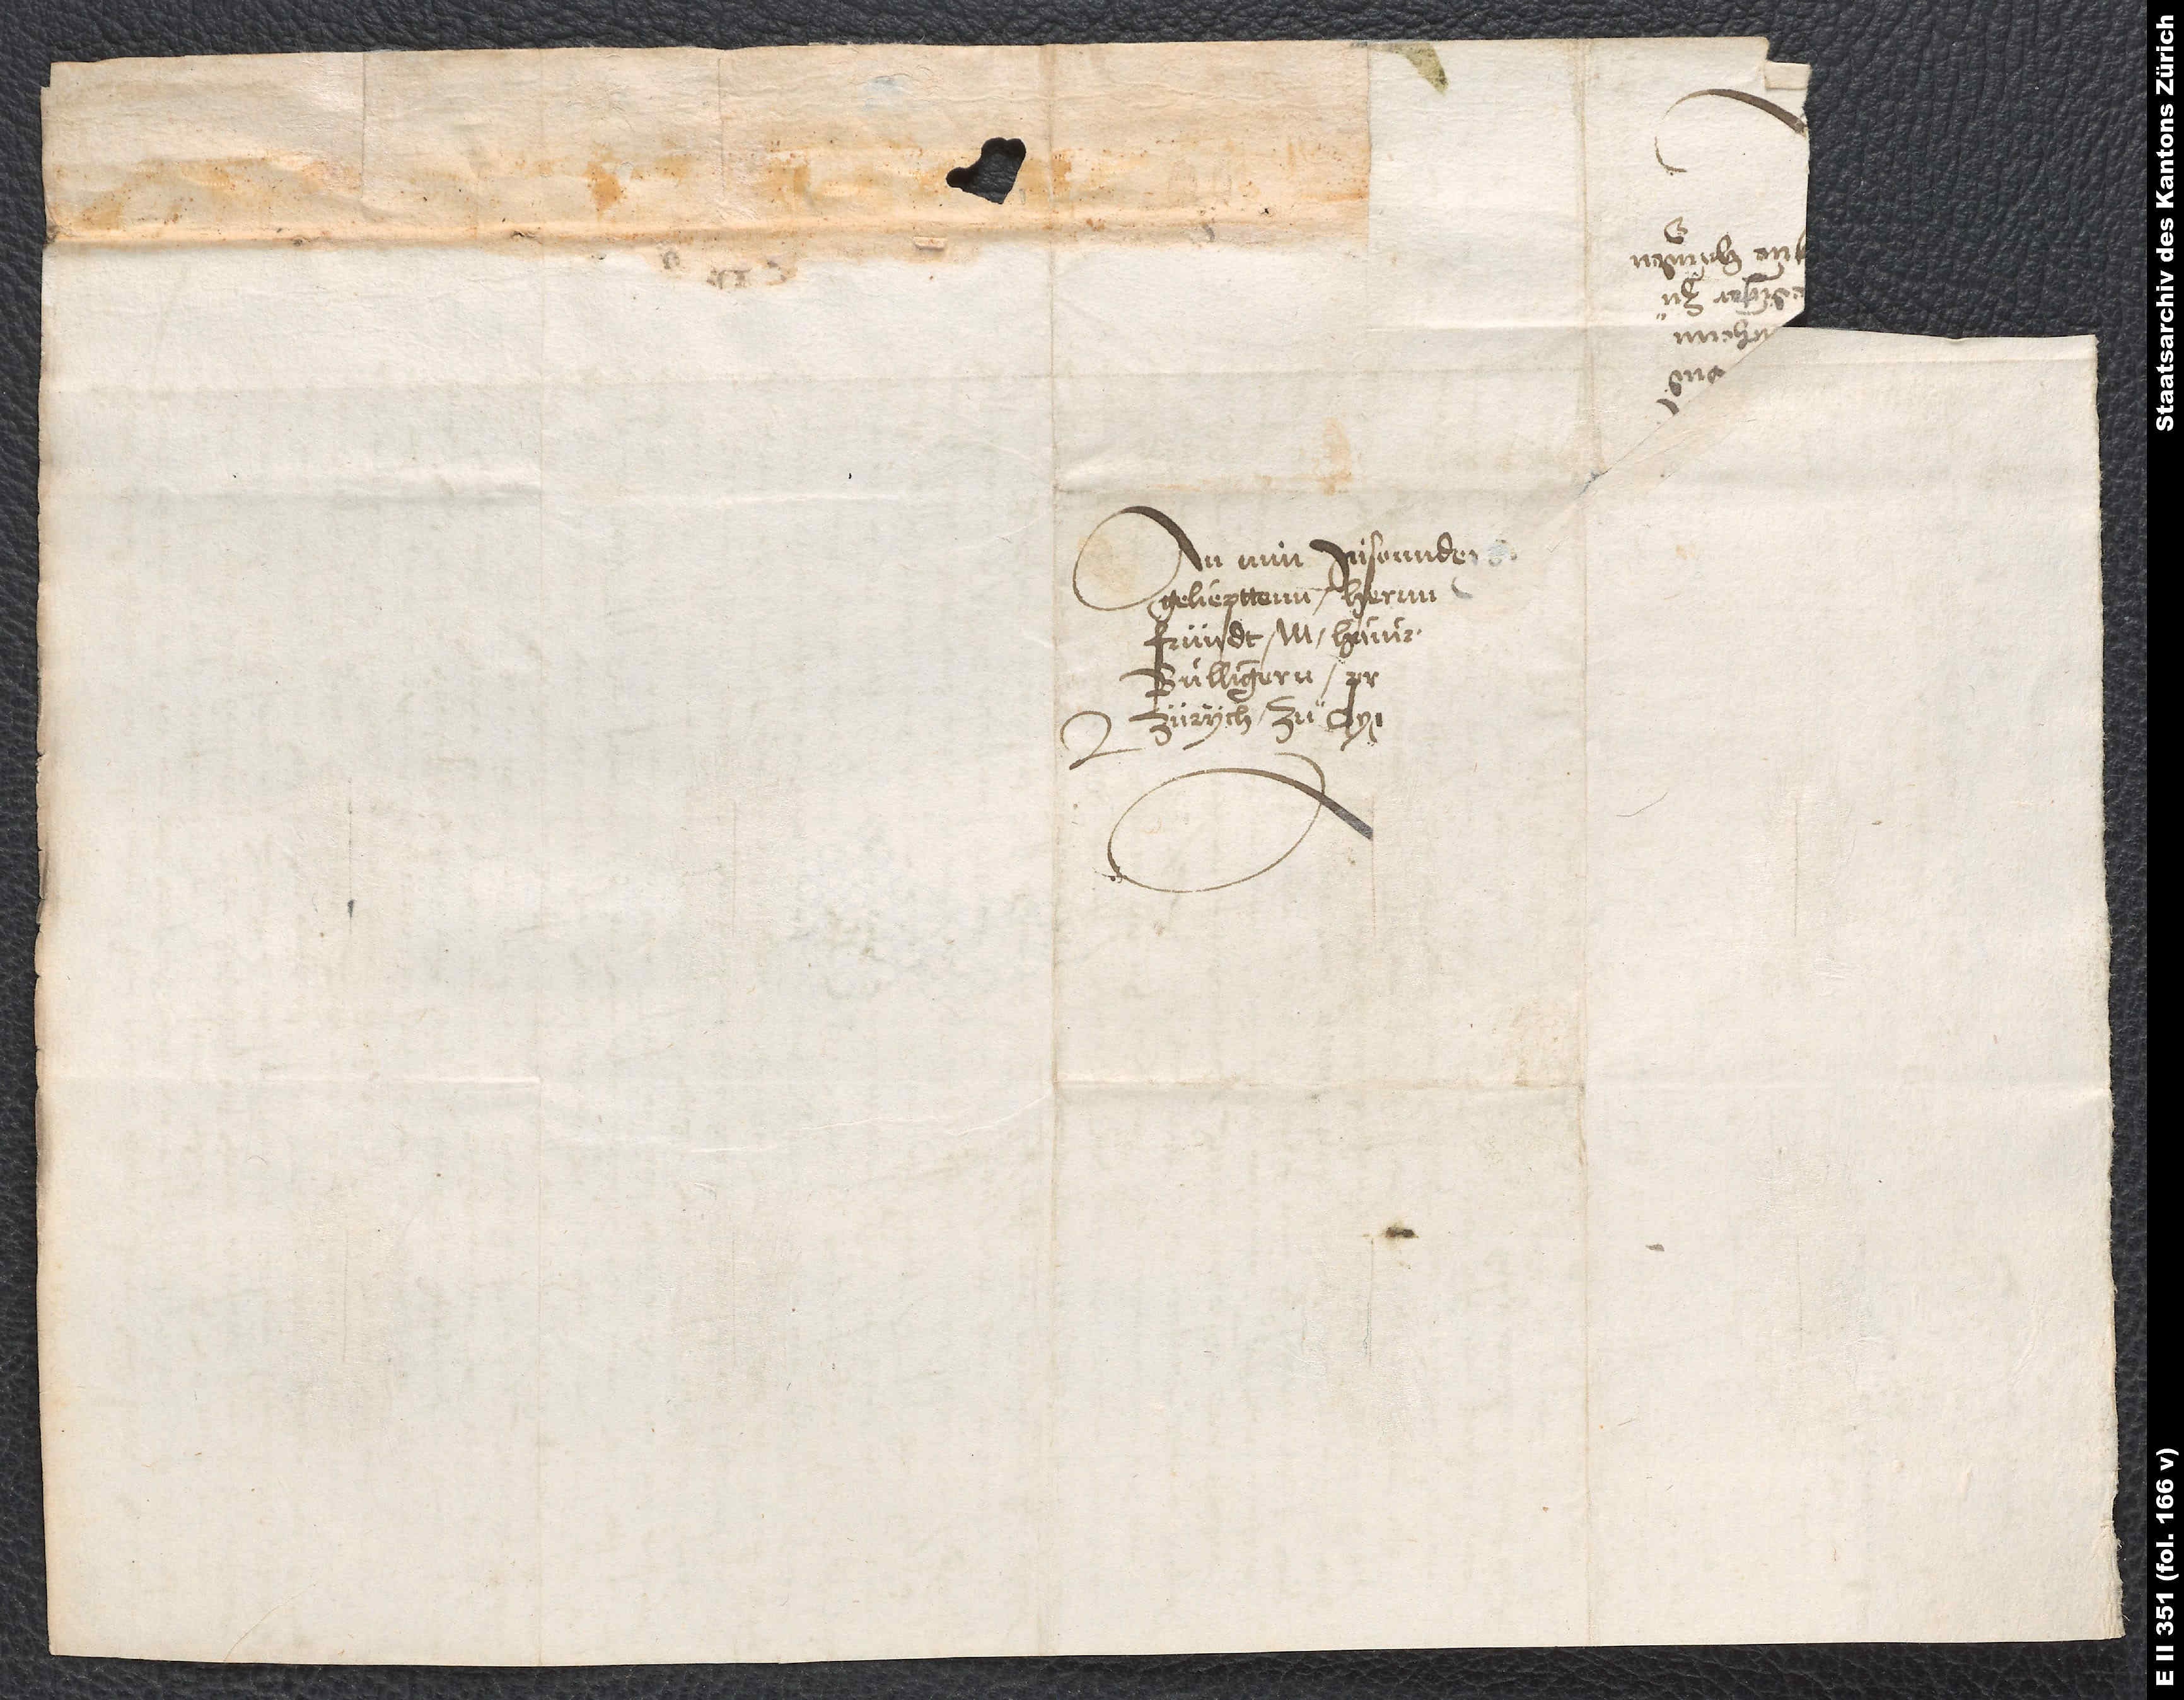
An min insonnders
geliepttenn hernn
fründt, M. Hainrichenn
Bullingern,
Zürych, zuͦ aygnen